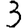
Digit: 3